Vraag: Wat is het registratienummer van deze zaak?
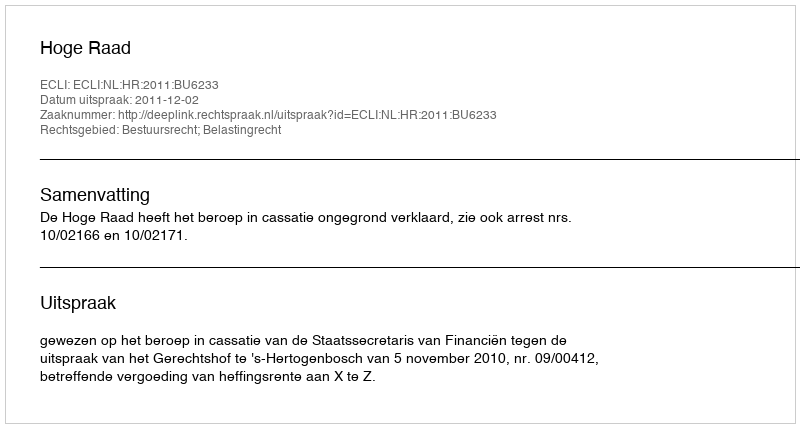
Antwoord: http://deeplink.rechtspraak.nl/uitspraak?id=ECLI:NL:HR:2011:BU6233